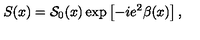
S ( x ) = { \cal S } _ { 0 } ( x ) \exp \left[ - i e ^ { 2 } \beta ( x ) \right] ,